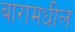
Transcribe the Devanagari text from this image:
बारामधील